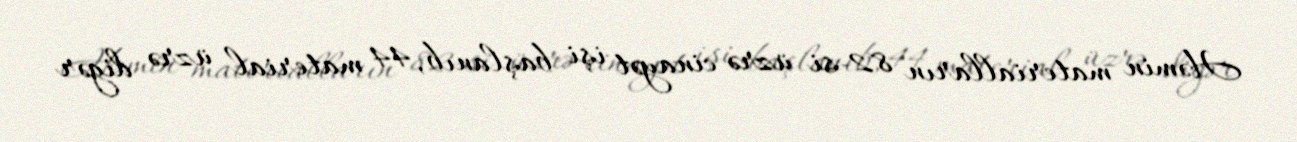
Həmin materialların 82-si üzrə cinayət işi başlanıb, 44 material üzrə digər